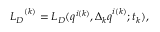
{ { L } _ { D } } ^ { ( k ) } = { L } _ { D } ( q ^ { i ( k ) } , { \Delta _ { k } q } ^ { i ( k ) } ; t _ { k } ) ,